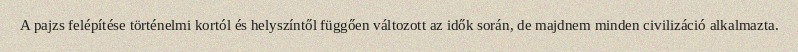
A pajzs felépítése történelmi kortól és helyszíntől függően változott az idők során, de majdnem minden civilizáció alkalmazta.